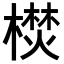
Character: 𣚵